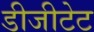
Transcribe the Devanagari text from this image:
डीजीटेट